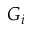
G _ { i }